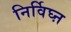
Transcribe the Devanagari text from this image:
निर्विघ्ऩ